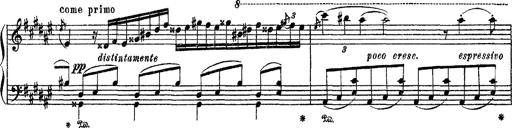
Title: Apparitions
Composer: Franz Liszt